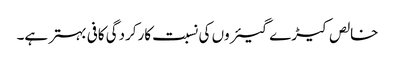
خالص کیڑے گیئروں کی نسبت کارکردگی کافی بہتر ہے۔